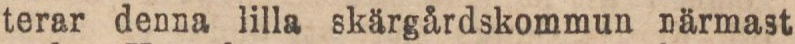
terar denna lilla skärgårdskommun närmast